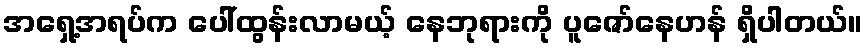
အရှေ့အရပ်က ပေါ်ထွန်းလာမယ့် နေဘုရားကို ပူဇော်နေဟန် ရှိပါတယ်။